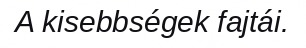
A kisebbségek fajtái.